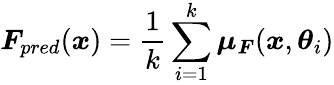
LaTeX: \boldsymbol{F}_{pred}(\boldsymbol{x})=\frac{1}{k}\sum_{i=1}^{k}\boldsymbol{\mu}_{\boldsymbol{F}}(\boldsymbol{x},\boldsymbol{\theta}_{i})